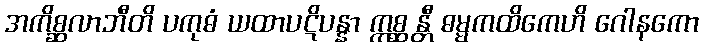
အကိစ္ဆလာဘီတိ ပကုဓံ ယထာပဋိပန္နာ ဣစ္ဆန္တီ ဓမ္မကထိကေဟိ ဂေါနကော